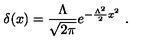
\delta ( x ) = \frac { \Lambda } { \sqrt { 2 \pi } } e ^ { - \frac { \Lambda ^ { 2 } } { 2 } x ^ { 2 } } \ .